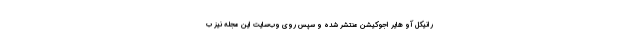
رانیکل آو هایر اجوکیشن منتشر شده و سپس روی وب‌سایت این مجله نیز ب